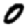
Digit: 0